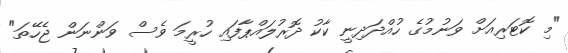
"މި ކޮޓަރިއަށް ވަނުމުގެ ހުއްދަދިނީ ކާކު ދޮރުލައްޕާފައި ހުރީމަ ވެސް ވަންނަން ޖެހޭތަ"